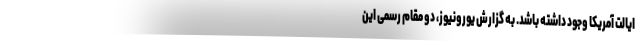
ایالت آمریکا وجود داشته باشد. به گزارش یورونیوز، دو مقام رسمی این